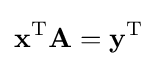
\mathbf {x} ^{\mathrm {T} }\mathbf {A} =\mathbf {y} ^{\mathrm {T} }